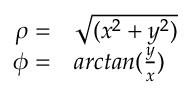
\begin{array} { r l } { \rho = } & { { } \sqrt { ( x ^ { 2 } + y ^ { 2 } ) } } \\ { \phi = } & { { } a r c t a n ( \frac { y } { x } ) } \end{array}